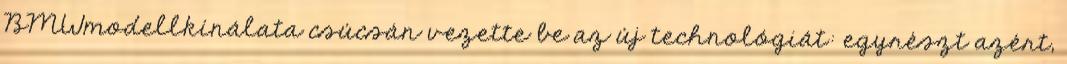
BMWmodellkínálata csúcsán vezette be az új technológiát: egyrészt azért,